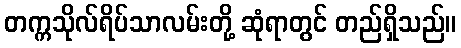
တက္ကသိုလ်ရိပ်သာလမ်းတို့ ဆုံရာတွင် တည်ရှိသည်။